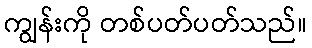
ကျွန်းကို တစ်ပတ်ပတ်သည်။